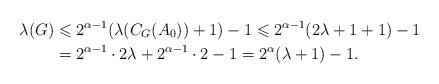
LaTeX: \begin{align*}\lambda (G)&\leqslant 2^{\alpha -1}(\lambda (C_G(A_0))+1)-1\leqslant 2^{\alpha -1 }(2\lambda +1+1)-1\\&=2^{\alpha -1 }\cdot 2\lambda +2^{\alpha -1}\cdot 2-1=2^{\alpha }(\lambda +1)-1. \end{align*}